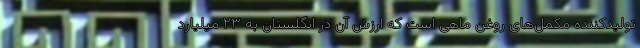
تولیدکننده مکمل‌های روغن ماهی است که ارزش آن در انگلستان به ۲۳ میلیارد